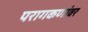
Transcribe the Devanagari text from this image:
परागकणांवर